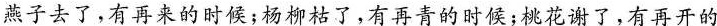
燕子去了，有再来的时候；杨柳枯了，有再青的时候；桃花谢了，有再开的